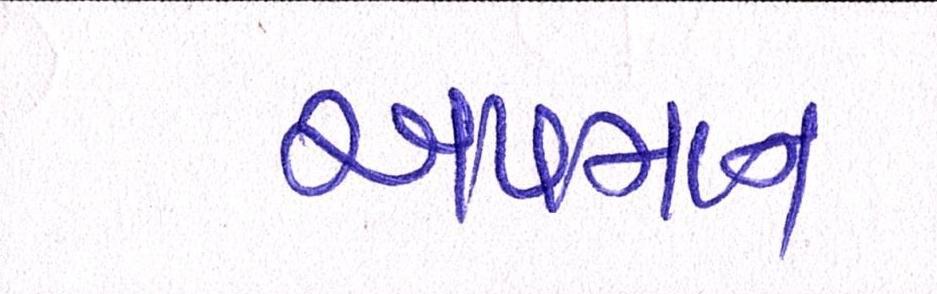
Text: અપમાન